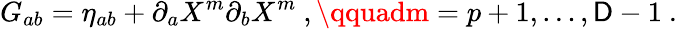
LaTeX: G_{ab}=\eta_{ab}+\partial_{a}X^{m}\partial_{b}X^{m}\ ,\qquadm=p+1,\ldots,\mathsf{D}-1\ .